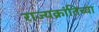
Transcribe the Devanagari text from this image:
राज्यक्रांतिच्या